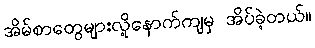
အိမ်စာတွေများလို့နောက်ကျမှ အိပ်ခဲ့တယ်။